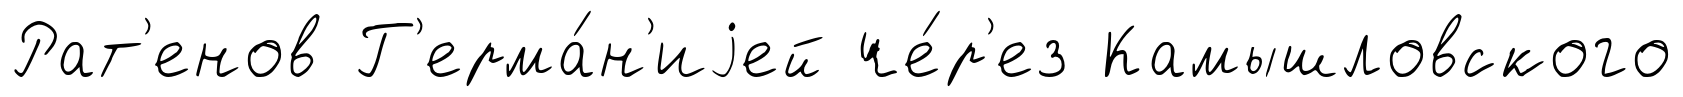
Рат'енов Г'ерма́н'иjей че́р'ез Камышловского